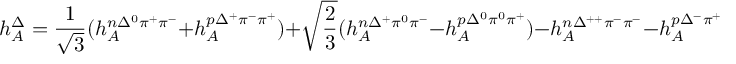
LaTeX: h _ { A } ^ { \Delta } = { \frac { 1 } { \sqrt { 3 } } } ( h _ { A } ^ { n \Delta ^ { 0 } \pi ^ { + } \pi ^ { - } } + h _ { A } ^ { p \Delta ^ { + } \pi ^ { - } \pi ^ { + } } ) + \sqrt { \frac { 2 } { 3 } } ( h _ { A } ^ { n \Delta ^ { + } \pi ^ { 0 } \pi ^ { - } } - h _ { A } ^ { p \Delta ^ { 0 } \pi ^ { 0 } \pi ^ { + } } ) - h _ { A } ^ { n \Delta ^ { + + } \pi ^ { - } \pi ^ { - } } - h _ { A } ^ { p \Delta ^ { - } \pi ^ { + } \pi ^ { + } } \; .